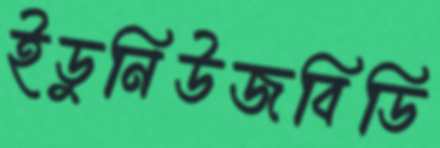
ইডুনিউজবিডি